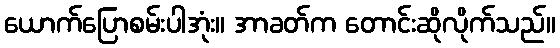
ယောက်ပြောစမ်းပါအုံး။ အာခတ်က တောင်းဆိုလိုက်သည်။